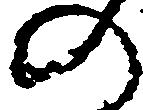
の